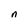
Character: n